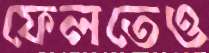
ফেলতেও